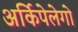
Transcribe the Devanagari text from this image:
अर्किपेलेगो